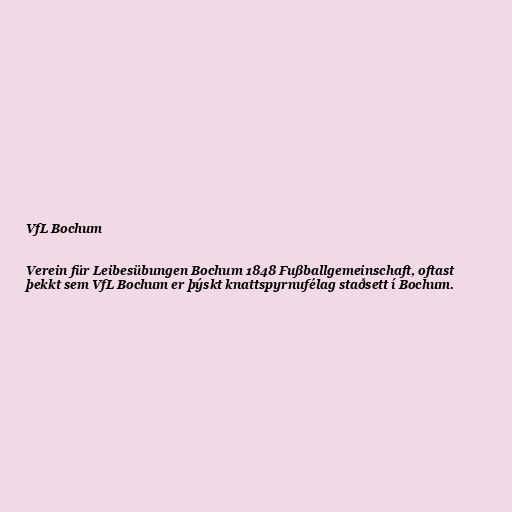
VfL Bochum

Verein für Leibesübungen Bochum 1848 Fußballgemeinschaft, oftast
þekkt sem VfL Bochum er þýskt knattspyrnufélag staðsett í Bochum.